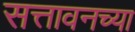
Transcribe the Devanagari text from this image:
सत्तावनच्या